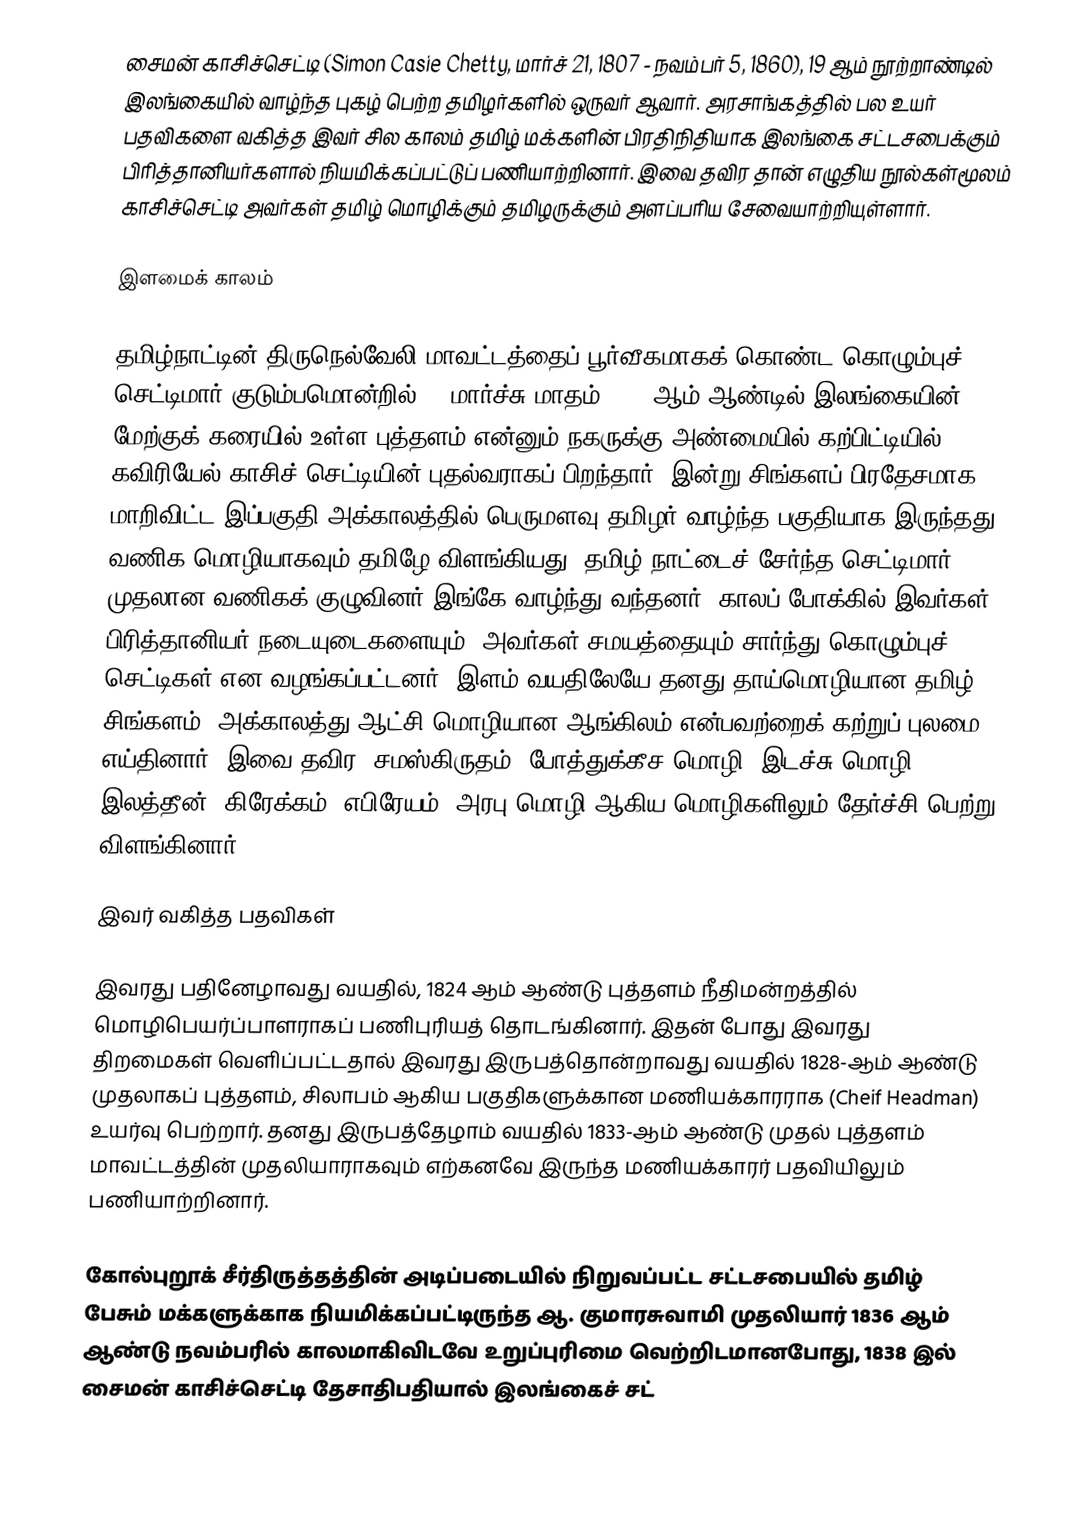
சைமன் காசிச்செட்டி (Simon Casie Chetty, மார்ச் 21, 1807 - நவம்பர் 5, 1860), 19 ஆம் நூற்றாண்டில் இலங்கையில் வாழ்ந்த புகழ் பெற்ற தமிழர்களில் ஒருவர் ஆவார். அரசாங்கத்தில் பல உயர் பதவிகளை வகித்த இவர் சில காலம் தமிழ் மக்களின் பிரதிநிதியாக இலங்கை சட்டசபைக்கும் பிரித்தானியர்களால் நியமிக்கப்பட்டுப் பணியாற்றினார். இவை தவிர தான் எழுதிய நூல்கள்மூலம் காசிச்செட்டி அவர்கள் தமிழ் மொழிக்கும் தமிழருக்கும் அளப்பரிய சேவையாற்றியுள்ளார்.

இளமைக் காலம்

தமிழ்நாட்டின் திருநெல்வேலி மாவட்டத்தைப் பூர்வீகமாகக் கொண்ட கொழும்புச் செட்டிமார் குடும்பமொன்றில் 21 மார்ச்சு மாதம் 1807 ஆம் ஆண்டில் இலங்கையின் மேற்குக் கரையில் உள்ள புத்தளம் என்னும் நகருக்கு அண்மையில் கற்பிட்டியில் கவிரியேல் காசிச் செட்டியின் புதல்வராகப் பிறந்தார். இன்று சிங்களப் பிரதேசமாக மாறிவிட்ட இப்பகுதி அக்காலத்தில் பெருமளவு தமிழர் வாழ்ந்த பகுதியாக இருந்தது. வணிக மொழியாகவும் தமிழே விளங்கியது. தமிழ் நாட்டைச் சேர்ந்த செட்டிமார் முதலான வணிகக் குழுவினர் இங்கே வாழ்ந்து வந்தனர். காலப் போக்கில் இவர்கள் பிரித்தானியர் நடையுடைகளையும், அவர்கள் சமயத்தையும் சார்ந்து கொழும்புச் செட்டிகள் என வழங்கப்பட்டனர். இளம் வயதிலேயே தனது தாய்மொழியான தமிழ், சிங்களம், அக்காலத்து ஆட்சி மொழியான ஆங்கிலம் என்பவற்றைக் கற்றுப் புலமை எய்தினார். இவை தவிர, சமஸ்கிருதம், போத்துக்கீச மொழி, இடச்சு மொழி, இலத்தீன், கிரேக்கம், எபிரேயம், அரபு மொழி ஆகிய மொழிகளிலும் தேர்ச்சி பெற்று விளங்கினார்.

இவர் வகித்த பதவிகள்

இவரது பதினேழாவது வயதில், 1824 ஆம் ஆண்டு புத்தளம் நீதிமன்றத்தில் மொழிபெயர்ப்பாளராகப் பணிபுரியத் தொடங்கினார். இதன் போது இவரது திறமைகள் வெளிப்பட்டதால் இவரது இருபத்தொன்றாவது வயதில் 1828-ஆம் ஆண்டு முதலாகப் புத்தளம், சிலாபம் ஆகிய பகுதிகளுக்கான மணியக்காரராக (Cheif Headman) உயர்வு பெற்றார். தனது இருபத்தேழாம் வயதில் 1833-ஆம் ஆண்டு முதல் புத்தளம் மாவட்டத்தின் முதலியாராகவும் எற்கனவே இருந்த மணியக்காரர் பதவியிலும் பணியாற்றினார்.

கோல்புறூக் சீர்திருத்தத்தின் அடிப்படையில் நிறுவப்பட்ட சட்டசபையில் தமிழ் பேசும் மக்களுக்காக நியமிக்கப்பட்டிருந்த ஆ. குமாரசுவாமி முதலியார் 1836 ஆம் ஆண்டு நவம்பரில் காலமாகிவிடவே உறுப்புரிமை வெற்றிடமானபோது, 1838 இல் சைமன் காசிச்செட்டி தேசாதிபதியால் இலங்கைச் சட்